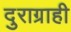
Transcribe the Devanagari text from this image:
दुराग्राही